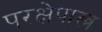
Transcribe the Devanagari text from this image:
परक्षेपास्त्र